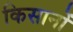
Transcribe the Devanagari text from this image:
किसानों